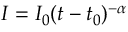
I = I _ { 0 } ( t - t _ { 0 } ) ^ { - \alpha }